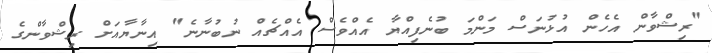
"ރިޝްވާން އެހެން އުޅުނަސް މަންމަ ބުނެފިއްޔާ އެއްވެސް އެއްޗެއް ނުބުނާނެ" އިނާޔާއަށް ރިޝްވާންގެ